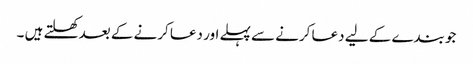
جو بندے کے لیے دعا کرنے سے پہلے اور دعا کرنے کے بعد کھلتے ہیں ۔